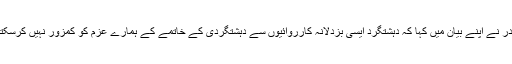
صدر نے اپنے بیان میں کہا کہ دہشتگرد ایسی بزدلانہ کارروائیوں سے دہشتگردی کے خاتمے کے ہمارے عزم کو کمزور نہیں کرسکتے۔